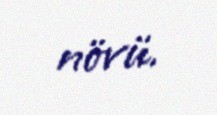
növü.